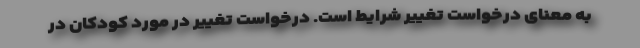
به معنای درخواست تغییر شرایط است. درخواست تغییر در مورد کودکان در